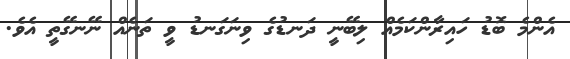
އެންމެ ބޮޑު ހައިރާންކަމެއް ލިބޭނީ ދަނޑުގެ ވިނަގަނޑު ވީ ތަނެއް ނޭނގޭތީ އެވެ.